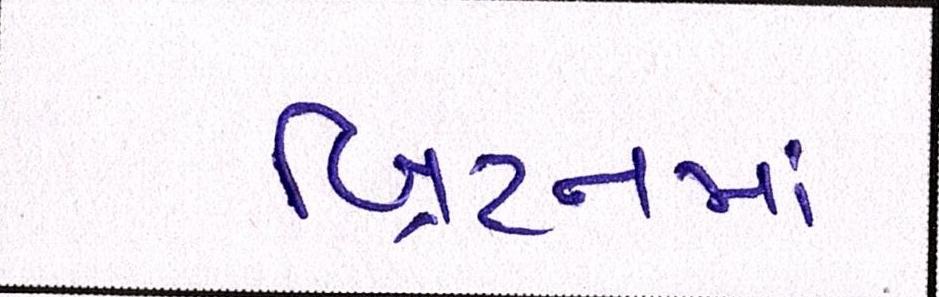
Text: બ્રિટનમાં